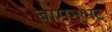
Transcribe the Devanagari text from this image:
बामनभट